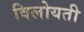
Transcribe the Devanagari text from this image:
विलोयती